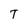
Character: T